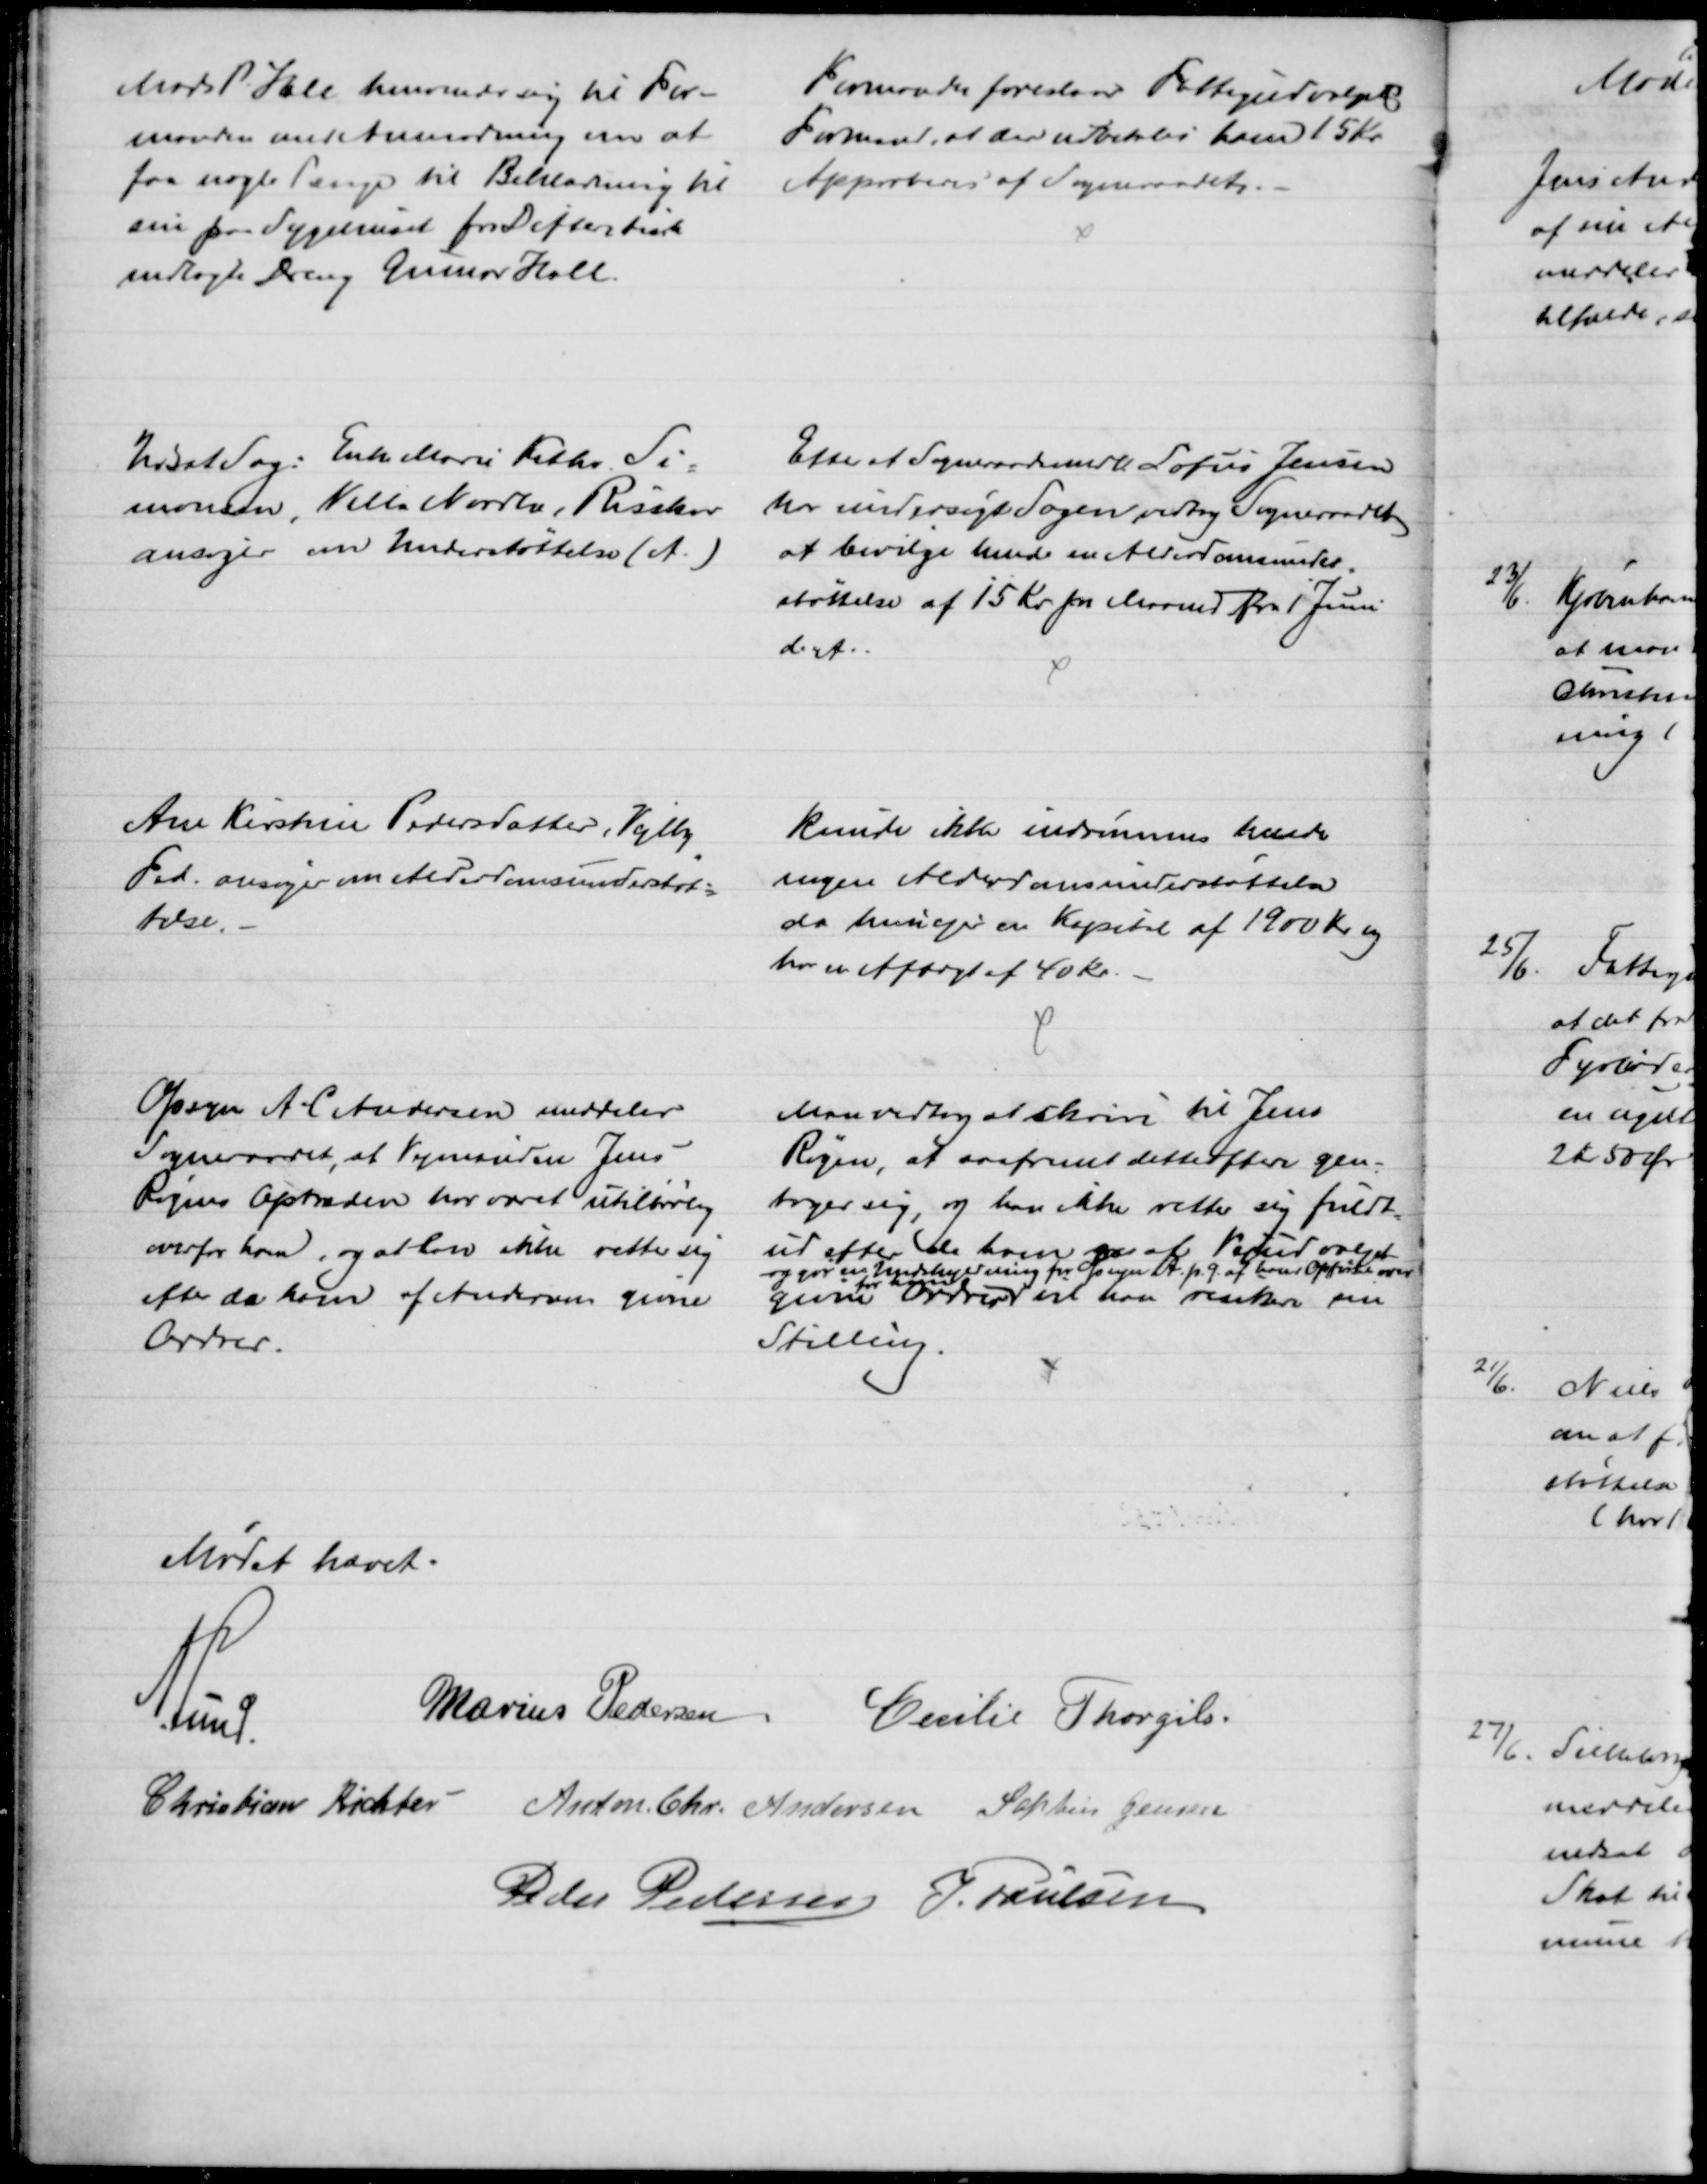
Transskription:
Mads P. Hall henvender sig til For-
manden med Anmodning om at
faa nogle Penge til Beklædning til 
sin paa Sygehuset for Difteritisk
indlagte Dreng Gunnar Hall.
Formanden foreslaar Fattigudvalgets
Formand, at der udbetales ham 15 Kr
Approberes af Sogneraadet.
Udsat Sag: Enke Marie Kathr. Si-
monsen, Villa Nordlæ, Risskov
ansøger om Understøttelse (A.)
Efter at Sogneraadsmedl. Sofus Jensen
har undersøgt Sagen vedtog Sogneraadet
at bevilge hende en Alderdomsunder-
støttelse af 15 Kr. pr. Maaned fra 1 Juni
d. A.
Ane Kirstine Pedersdatter, Vejlby
Fed. ansøger om Alderdomsunderstøt=
telse.
kunde ikke indrømmes hende
nogen Alderdomsunderstøttelse
da hun ejer en Kapitel af 1900 Kr. og
har en Aftægt af 40 Kr.
Opsyn A. C. Andersen meddeler
Sogneraadet, at Vejmanden Jens
Røgens Optræden har været utilbørlig
overfor ham, og at han ikke retter sig
efter de ham af Andersen givne
Ordrer.
Man vedtog at skrive til Jens
Røgen, at saafremt dette oftere gen-
tager sig, og han ikke retter sig fuldt
ud efter de ham gi af Vejudvalget
givne Ordrer
og gør en Undskyldning for Opsyn A. p. G. af hans Opførsel over
for ham
vil han risikere sin
Stilling.
Mødet hævet.
A. Lund.
Marius Pedersen Cecilie Thorgils.
Christian Richter Anton Chr. Andersen Soptus Jensen
Peder Pedersen J. Poulsen